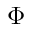
\Phi